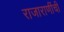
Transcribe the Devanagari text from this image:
राजाराणींची